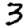
Digit: 3